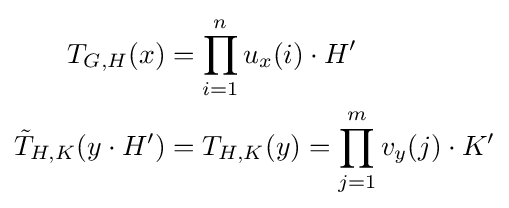
{\begin{aligned}T_{G,H}(x)&=\prod _{i=1}^{n}u_{x}(i)\cdot H'\\{\tilde {T}}_{H,K}(y\cdot H')&=T_{H,K}(y)=\prod _{j=1}^{m}v_{y}(j)\cdot K'\end{aligned}}